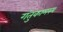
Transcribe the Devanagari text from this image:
गंतुकामस्य